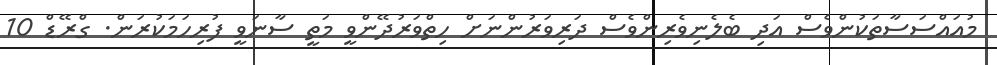
މުއައްސަސާތަކުންވެސް އަދި ބެލެނިވެރިންވެސް ދަރިވަރުންނަށް ހިތްވަރުދޭންވީ މަތީ ސާނަވީ ފުރިހަމަކުރަން. ގްރޭޑް 10